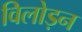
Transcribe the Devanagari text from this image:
विलोड़न